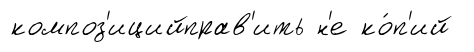
композ'ицийправ'ить н'е ко́п'ий